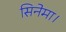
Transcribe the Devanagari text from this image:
सिनेमा।